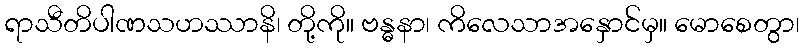
ရာသီတိပါဏသဟဿာနိ၊ တို့ကို။ ဗန္ဓနာ၊ ကိလေသာအနှောင်မှ။ မောစေတွာ၊